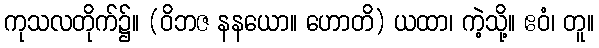
ကုသလတိုက်၌။ (ဝိဘဇ နနယော။ ဟောတိ) ယထာ၊ ကဲ့သို့။ ဧဝံ၊ တူ။